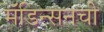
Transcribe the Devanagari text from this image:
मॅडिन्सनची